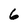
Character: 6